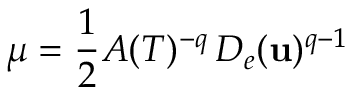
\mu = \frac 1 2 A ( T ) ^ { - q } \, D _ { e } ( \mathbf u ) ^ { q - 1 }